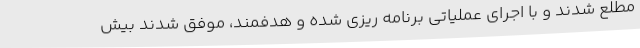
مطلع شدند و با اجرای عملیاتی برنامه ریزی شده و هدفمند، موفق شدند بیش